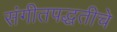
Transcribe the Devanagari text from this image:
संगीतपद्धतीचे